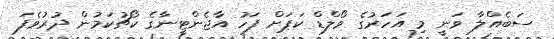
ސަބެއްލާ ވަނީ މި އަހަރުގެ ވޯލްޑް ކަޕަށް ފަހު އާޖެންޓީނާގެ ކޯޗުކަމުން ދުރުވެފަ